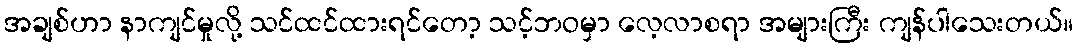
အချစ်ဟာ နာကျင်မှုလို့ သင်ထင်ထားရင်တော့ သင့်ဘဝမှာ လေ့လာစရာ အများကြီး ကျန်ပါသေးတယ်။